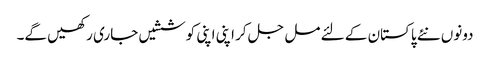
دونوں نئے پاکستان کے لئے مل جل کر اپنی اپنی کوششیں جاری رکھیں گے۔